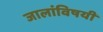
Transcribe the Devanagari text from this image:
जालांविषयी